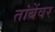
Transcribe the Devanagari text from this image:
तांबेंवर